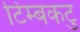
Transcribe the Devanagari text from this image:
टिम्बकटु